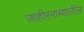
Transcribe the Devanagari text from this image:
जाहीरनाम्यातील